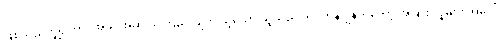
ဖြစ်သည်ဟူ၍ကား အခိုင်အမာ ယုံကြည်လျက် သို့သော် သူသည် ကပ္ပတိန်ဂျွန်ကိုတော့ အခြား လူများ အပေါ်